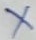
Text: X